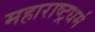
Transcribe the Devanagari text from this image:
महाराष्ट्रधर्म